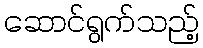
ဆောင်ရွက်သည့်